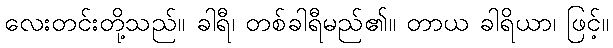
လေးတင်းတို့သည်။ ခါရီ၊ တစ်ခါရီမည်၏။ တာယ ခါရိယာ၊ ဖြင့်။